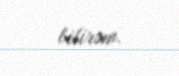
bilirəm.